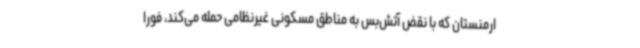
ارمنستان که با نقض آتش‌بس به مناطق مسکونی غیرنظامی حمله می‌کند، فورا